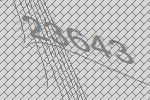
23643